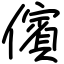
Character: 儐